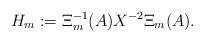
LaTeX: \begin{align*} H_m:=\Xi_m^{-1}(A) X^{-2}\Xi_m(A). \end{align*}